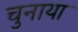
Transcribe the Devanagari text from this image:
चुनाया